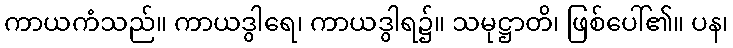
ကာယကံသည်။ ကာယဒွါရေ၊ ကာယဒွါရ၌။ သမုဋ္ဌာတိ၊ ဖြစ်ပေါ်၏။ ပန၊